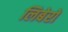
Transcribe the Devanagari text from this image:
लिबेरो